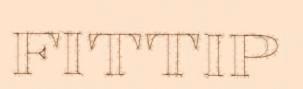
FITTIP